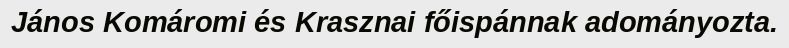
János Komáromi és Krasznai főispánnak adományozta.